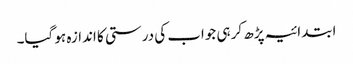
ابتدائیہ پڑھ کر ہی جواب کی درستی کا اندازہ ہو گیا۔